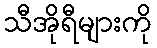
သီအိုရီများကို